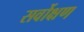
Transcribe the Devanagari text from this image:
सर्वोक्षण